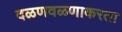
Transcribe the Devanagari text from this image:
दळणवळणाकरता